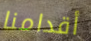
أقدامنا